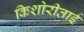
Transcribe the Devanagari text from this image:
किशोरीताई